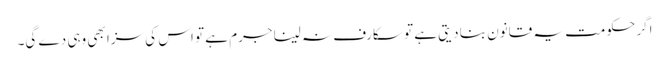
اگر حکومت یہ قانون بنا دیتی ہے تو سکارف نہ لینا جرم ہے تو اس کی سزا بھی وہی دے گی۔